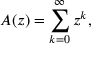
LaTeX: A ( z ) = \sum _ { k = 0 } ^ { \infty } z ^ { k } ,